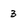
Character: 3